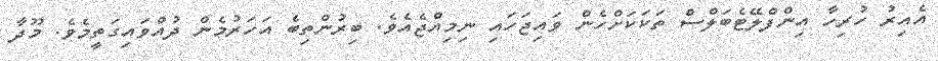
އެއިރު ހުރިހާ އިންފްލޭޓެބަލްސް ތަކަކަށްހެން ވައިޖަހައި ނިމިއްޖެއެވެ. ބިރުންތިބެ އަހަރުމެން ދުއްވައިގަތީމެވެ. މޫދާ